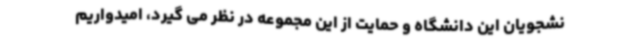
نشجویان این دانشگاه و حمایت از این مجموعه در نظر می گیرد، امیدواریم